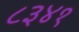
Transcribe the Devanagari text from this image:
८३४१